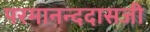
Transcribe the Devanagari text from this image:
परमानन्ददासजी